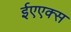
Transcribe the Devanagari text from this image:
ईएएक्स